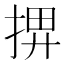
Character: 𢮅